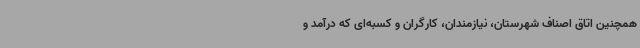
همچنین اتاق اصناف شهرستان، نیازمندان، کارگران و کسبه‌ای که درآمد و